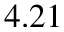
4 . 2 1